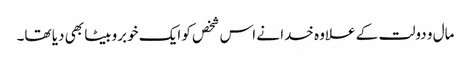
مال و دولت کے علاوہ خدا نے اس شخص کو ایک خوبروبیٹا بھی دیا تھا۔